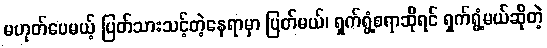
မဟုတ်ပေမယ့် ပြတ်သားသင့်တဲ့နေရာမှာ ပြတ်မယ်၊ ရှက်ရွံ့စရာဆိုရင် ရှက်ရွံ့မယ်ဆိုတဲ့